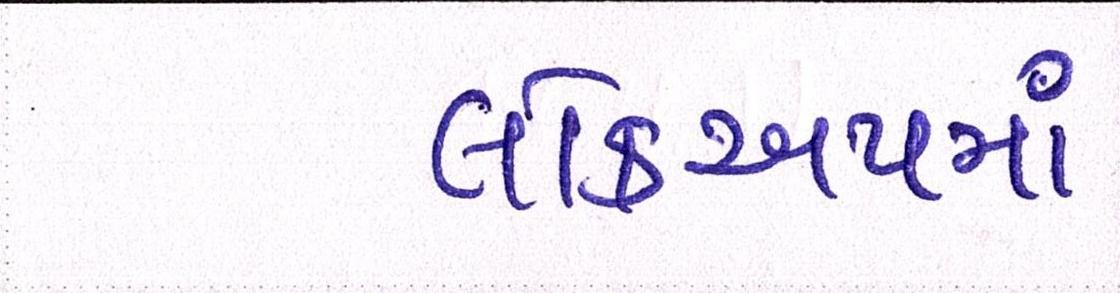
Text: લોકઅપમાં